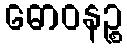
ဓောဝနဉ္စ